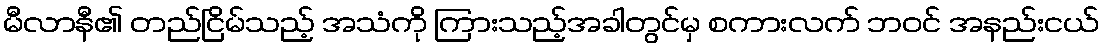
မီလာနီ၏ တည်ငြိမ်သည့် အသံကို ကြားသည့်အခါတွင်မှ စကားလက် ဘဝင် အနည်းငယ်